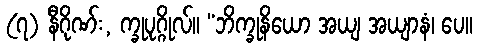
(၇) နီဂိုဏ်း, က္ခုပုဂ္ဂိုလ်။ “ဘိက္ခုနိယော အယျ အယျာနံ၊ ပေ။